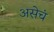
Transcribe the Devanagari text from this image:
असेचं